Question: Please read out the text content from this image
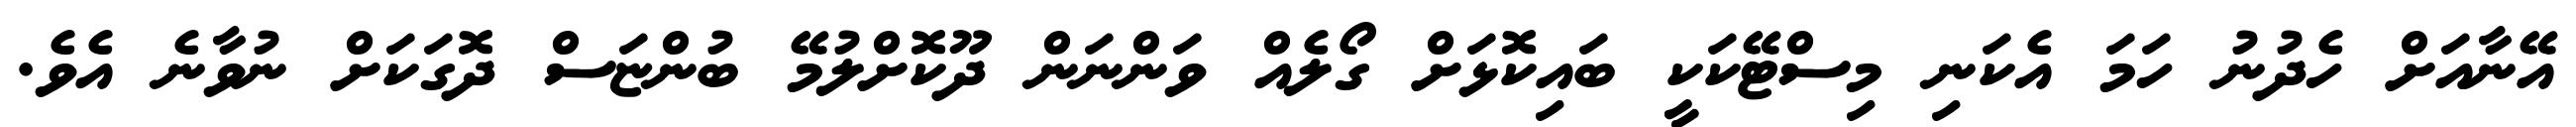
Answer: އޭނާއަށް ހެދުނު ހަމަ އެކަނި މިސްޓޭކަކީ ބައިކޮޅަށް ގޯލެއް ވަންނަން ދޫކޮށްލުމޭ ބުންޏަސް ދޮގަކަށް ނުވާނެ އެވެ.